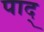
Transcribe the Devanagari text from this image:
पाद्